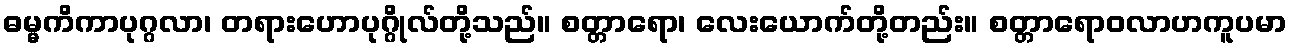
ဓမ္မကိကာပုဂ္ဂလာ၊ တရားဟောပုဂ္ဂိုလ်တို့သည်။ စတ္တာရော၊ လေးယောက်တို့တည်း။ စတ္တာရောဝလာဟကူပမာ